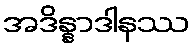
အဒိန္နာဒါနဿ